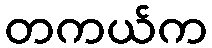
တကယ်က